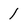
Character: 1